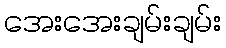
အေးအေးချမ်းချမ်း